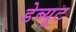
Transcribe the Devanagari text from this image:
डेब्यूट